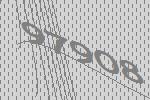
97908